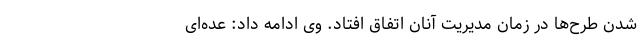
شدن طرح‌ها در زمان مدیریت آنان اتفاق افتاد. وی ادامه داد: عده‌ای